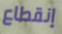
إنقطاع